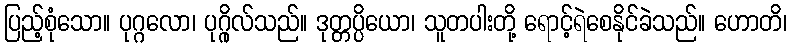
ပြည့်စုံသော။ ပုဂ္ဂလော၊ ပုဂ္ဂိုလ်သည်။ ဒုတ္တပ္ပိယော၊ သူတပါးတို့ ရောင့်ရဲစေနိုင်ခဲသည်။ ဟောတိ၊